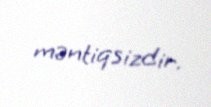
məntiqsizdir.